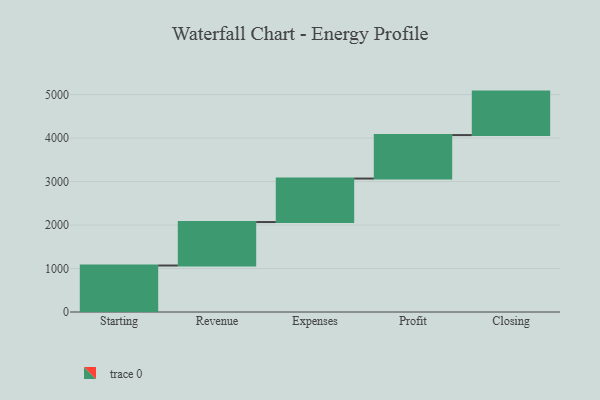
{"axis": {"x": "Step", "y": "Value"}, "legend": [""], "data": [{"x": "Starting", "y": 1069.0, "type": ""}, {"x": "Revenue", "y": 1000, "type": ""}, {"x": "Expenses", "y": 1000, "type": ""}, {"x": "Profit", "y": 1000, "type": ""}, {"x": "Closing", "y": 1000, "type": ""}]}